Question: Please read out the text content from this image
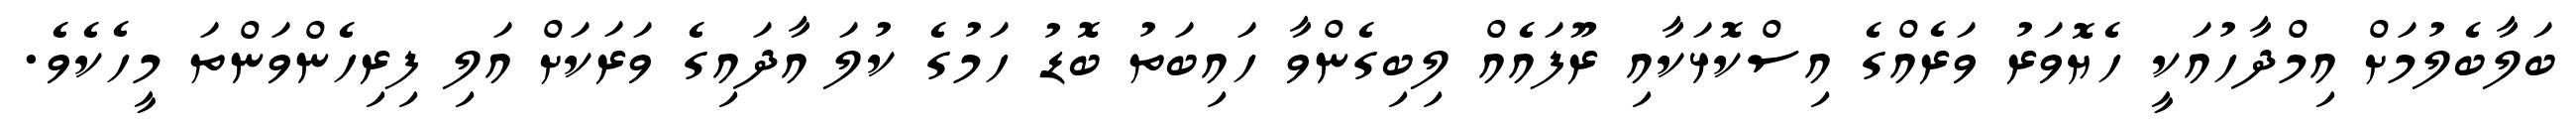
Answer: ބަލާބެލުމަށް އިމްދާހުއަކީ ހެޔޮވަރު ވަރެއްގެ އިސްކޮޅަކާއި ރޫފައެއް ލިބިގެންވާ ހައިބަތު ބޮޑު ހަމުގެ ކުލަ އާދައިގެ ވަރަކަށް އަލި ފިރިހެންވަންތަ މީހެކެވެ.